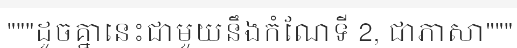
"""ដូចគ្នានេះជាមួយនឹងកំណែទី 2, ជាភាសា"""